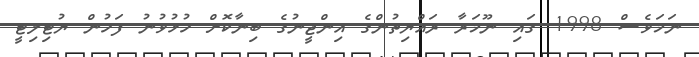
ނަމަވެސް 1998 ގައި ނޫމަރާ ރައްޔިތުންގެ އިންޖީނުގެ ބިނާކޮށް ހުޅުވުނު ފަހުން ޔުޓިލިޓީ